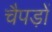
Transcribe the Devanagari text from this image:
चैपड़ों